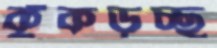
কুঁকড়চ্ছ